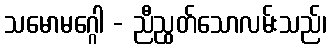
သမောမဂ္ဂေါ - ညီညွတ်သောလမ်းသည်၊